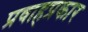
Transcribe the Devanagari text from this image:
प्रवाहप्रकार